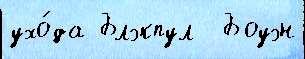
ухо́да Блэкпул  Боуэн